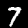
Label: 7